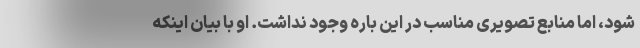
شود، اما منابع تصویری مناسب در این باره وجود نداشت. او با بیان اینکه